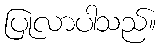
ပြုလာပါသည်။